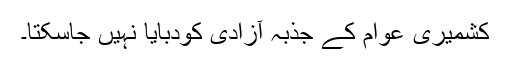
کشمیری عوام کے جذبہ آزادی کودبایا نہیں جاسکتا۔